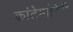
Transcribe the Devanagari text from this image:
कांटेम्पोरेरी